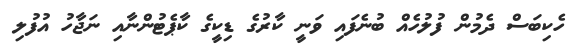
ހެކިބަސް ދެމުން ފުލުހެއް ބުނެފައި ވަނީ ކާރުގެ ޑިކީގެ ކާޕެޓުންނާއި ނަޖާހު އުފުލި